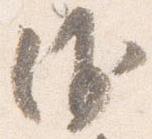
沙